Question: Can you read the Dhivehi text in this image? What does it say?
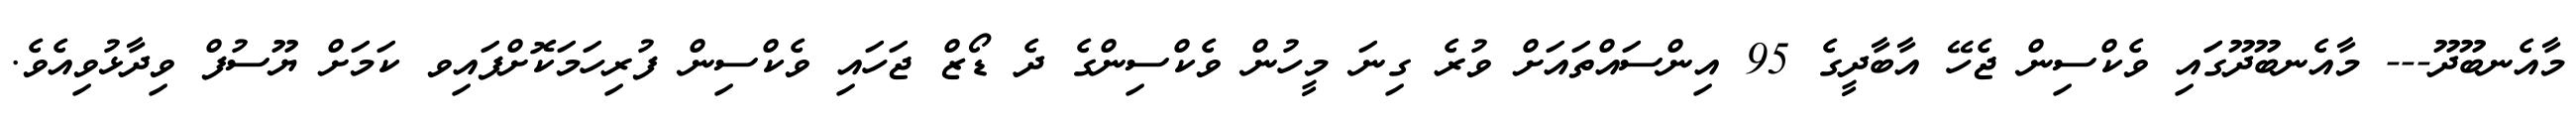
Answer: މާއެނބޫދޫ--- މާއެނބޫދޫގަައި ވެކްސިން ޖެހޭ އާބާދީގެ 95 އިންސައްތައަށް ވުރެ ގިނަ މީހުން ވެކްސިންގެ ދެ ޑޯޒް ޖަހައި ވެކްސިން ފުރިހަމަކޮށްފައިވ ކަމަށް ޔޫސުފް ވިދާޅުވިއެވެ.